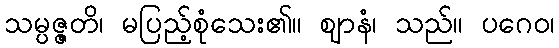
သမ္ပဇ္ဇတိ၊ မပြည့်စုံသေး၏။ ဈာနံ၊ သည်။ ပဂေဝ၊